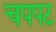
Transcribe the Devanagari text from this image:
चपपट